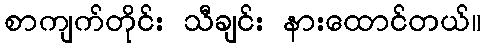
စာကျက်တိုင်း သီချင်း နားထောင်တယ်။